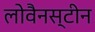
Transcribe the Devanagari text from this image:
लोवैनस्टीन